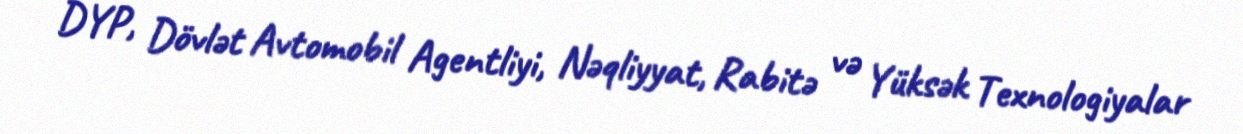
DYP, Dövlət Avtomobil Agentliyi, Nəqliyyat, Rabitə və Yüksək Texnologiyalar